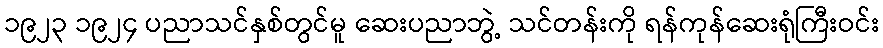
၁၉၂၃ ၁၉၂၄ ပညာသင်နှစ်တွင်မူ ဆေးပညာဘွဲ့ သင်တန်းကို ရန်ကုန်ဆေးရုံကြီးဝင်း